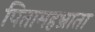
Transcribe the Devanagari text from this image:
पितामहभ्राता